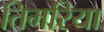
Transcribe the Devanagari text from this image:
तिमरिया